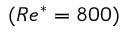
( R e ^ { * } = 8 0 0 )